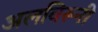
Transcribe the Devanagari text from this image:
अलबिरूनी